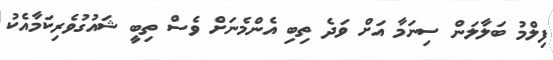
ފިލްމު ބަލާލަން ސިނަމާ އަށް ވަދެ ތިބި އެންމެނަށް ވެސް ތިބީ ޝައުގުވެރިކަމާއެކު